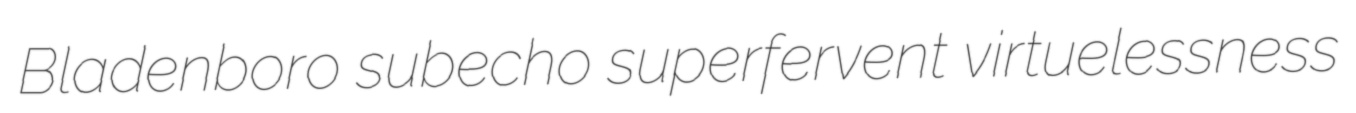
Bladenboro subecho superfervent virtuelessness